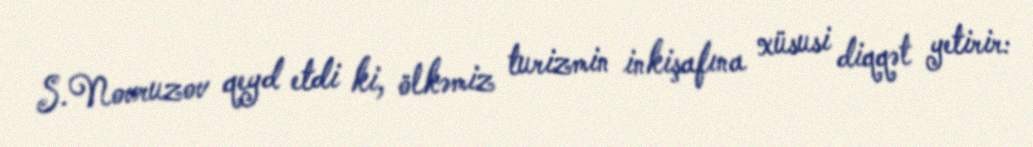
S.Novruzov qeyd etdi ki, ölkəmiz turizmin inkişafına xüsusi diqqət yetirir: